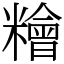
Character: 糩